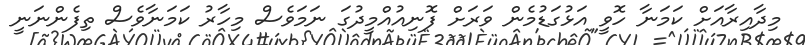
މިދާއިރާއަށް ކަމަނާ ހޮވީ އަޅުގަޑުމެން ވަރަށް ފޮނިއުއްމީދުގަ ނަމަވެސް މިހާރު ކަމަނާވެސް ތިފެންނަނީ